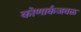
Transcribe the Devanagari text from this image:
कोणार्कजवळ